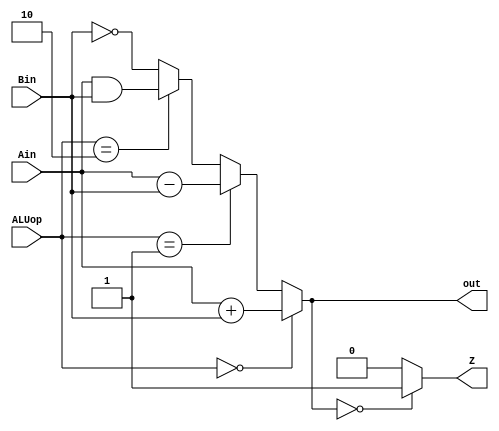
module ALU(Ain,Bin,ALUop,out,Z);
input [15:0] Ain, Bin;
input [1:0] ALUop;
output [15:0] out;
output Z;

// fill out the rest

reg [15:0] out; 
reg Z;

always @(*) begin
	// Ain + Bin
	if (ALUop == 2'b00) begin 
		 out = (Ain + Bin);
	end 
	//Ain- Bin
	else if (ALUop == 2'b01) begin 
		 out = (Ain - Bin);
	end 
	//Ain & Bin
	else if (ALUop == 2'b10) begin 
		 out = (Ain & Bin);
	end 
	// ~Bin
	else begin 
		 out = ~Bin;
	end 

	//if out is zero, Z = 1
	if (out == 16'b0000000000000000)
		 Z = 1'b1;		
	else 
		 Z = 1'b0;

end 
endmodule